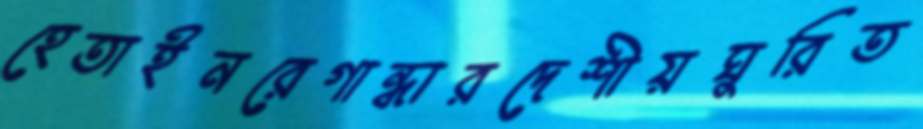
হেতাইনরেগান্ধারদেশীয়ঘুরিত